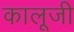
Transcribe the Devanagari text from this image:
कालूजी